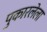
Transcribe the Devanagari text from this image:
पुकारलेला